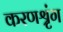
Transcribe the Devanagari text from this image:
करणश्रृंग